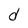
Character: d